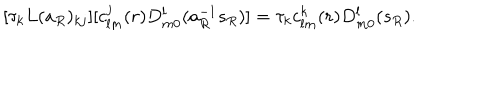
[ \tau _ { k } L ( a _ { R } ) _ { k j } ] [ c _ { l m } ^ { j } ( r ) D _ { m 0 } ^ { l } ( a _ { R } ^ { - 1 } s _ { R } ) ] = \tau _ { k } c _ { l m } ^ { k } ( r ) D _ { m 0 } ^ { l } ( s _ { R } ) .